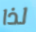
لذا